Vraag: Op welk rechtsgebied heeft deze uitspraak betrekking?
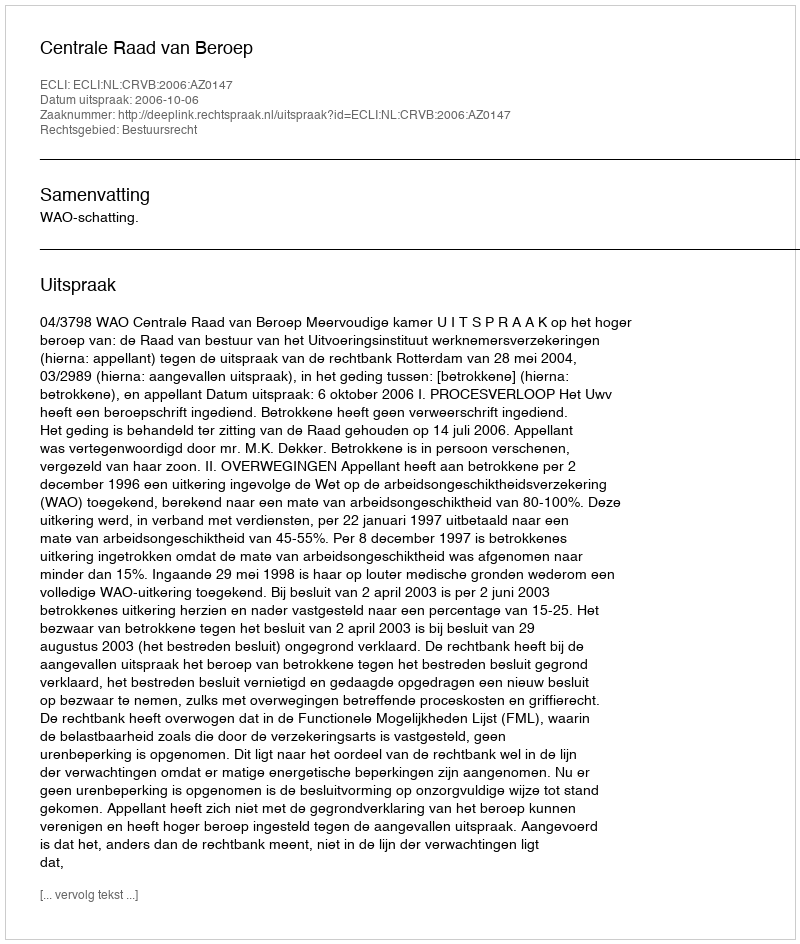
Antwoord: Bestuursrecht